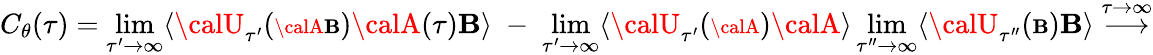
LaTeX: C_{\theta}(\tau)=\operatorname*{lim}_{\tau^{\prime}\rightarrow\infty}\langle{\calU}_{\tau^{\prime}}({\scriptstyle{\calA\mathbf{B}}}){\calA}(\tau){\cal\mathbf{B}}\rangle\; -\; \operatorname*{lim}_{\tau^{\prime}\rightarrow\infty}\langle{\calU}_{\tau^{\prime}}({\scriptstyle{\calA}}){\calA}\rangle\operatorname*{lim}_{\tau^{\prime\prime}\rightarrow\infty}\langle{\calU}_{\tau^{\prime\prime}}({\scriptstyle{\cal\mathbf{B}}}){\cal\mathbf{B}}\rangle\stackrel{\tau\rightarrow\infty}{\longrightarrow}